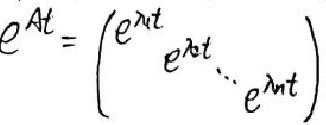
\[
e^{At}=\begin{pmatrix}
e^{\lambda t} & & \\
& e^{\lambda t} & \\
& & \ddots & \\
& & & e^{\lambda t}
\end{pmatrix}
\]